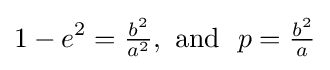
1-e^{2}={\tfrac {b^{2}}{a^{2}}},{\text{ and }}\ p={\tfrac {b^{2}}{a}}